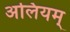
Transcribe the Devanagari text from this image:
अलियम्